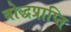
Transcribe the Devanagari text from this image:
बोद्धप्राप्ति